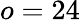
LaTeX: o=24